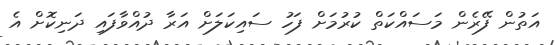
އަތުން ފޭރެން މަސައްކަތް ކުރުމަށް ފަހު ސައިކަލަށް އަރާ ދުއްވާފައި ދަނިކޮށް އެ